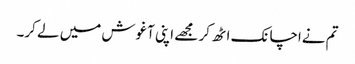
تم نےاچانک اٹھ کر مجھے اپنی آغوش میں لے کر۔